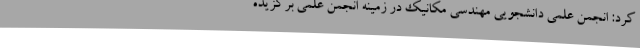
کرد: انجمن علمی دانشجویی مهندسی مکانیک در زمینه انجمن علمی برگزیده